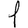
Digit: 1